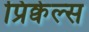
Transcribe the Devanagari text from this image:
प्रिक्वेल्स